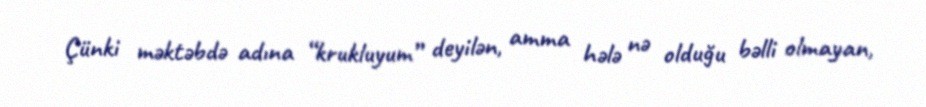
Çünki məktəbdə adına “krukluyum” deyilən, amma hələ nə olduğu bəlli olmayan,